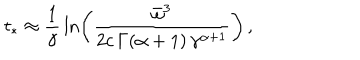
t _ { * } \approx \frac { 1 } { \gamma } \, \ln \left( \frac { \bar { \omega } ^ { 3 } } { 2 c \, \Gamma ( \alpha + 1 ) \, \gamma ^ { \alpha + 1 } } \right) \, ,